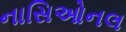
નાસિઓનલ